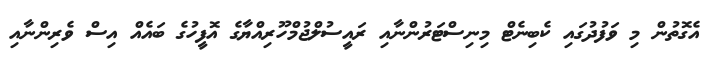
އެގޮތުން މި ވަފުދުގައި ކެބިނެޓް މިނިސްޓަރުންނާއި ރައީސުލްޖުމްހޫރިއްޔާގެ އޮފީހުގެ ބައެއް އިސް ވެރިންނާއި